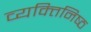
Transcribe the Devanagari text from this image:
व्यक्‍तिनिष्‍ठ